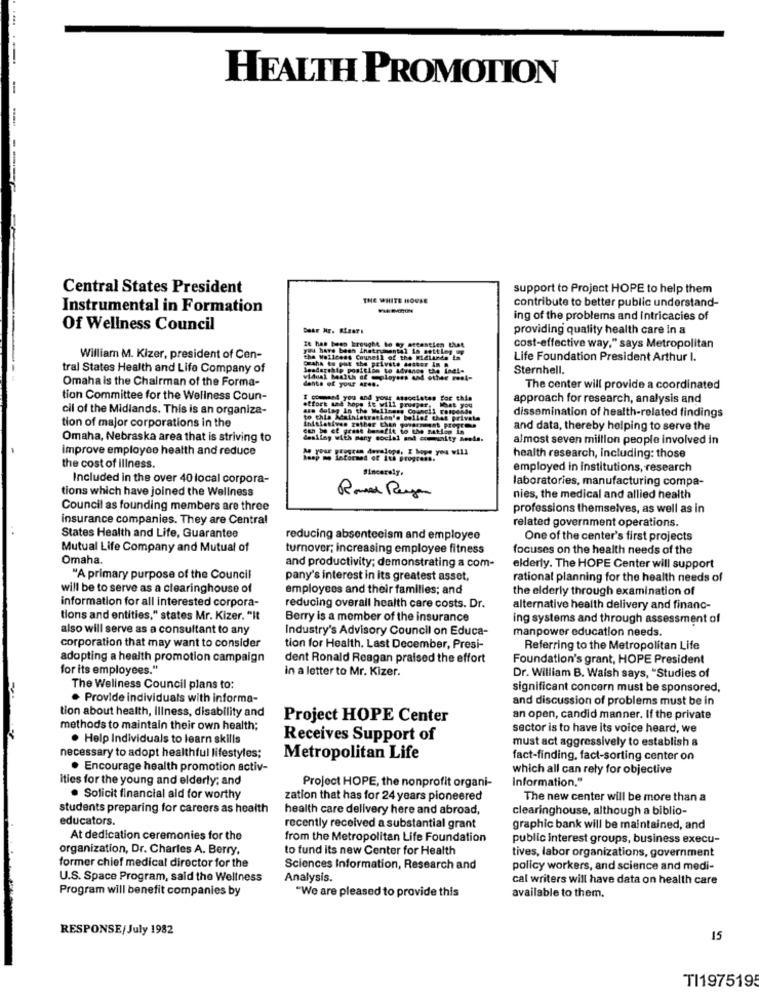
HEALTH PROMOTION
-
Central States President
support to Project HOPE to help them
THE WHITE HOUSE
contribute to better public understand-
Instrumental in Formation
ing of the problems and intricacies of
Of Wellness Council
providing quality health care in a
It has been brought to my attention that
you bare bash Instrumental in settLes
cost-effective way," says Metropolitan
William M. Kizer, president of Cen-
the Wellcess Council of the Midlands Is
Graha to put the private destur In .
Life Foundation President Arthur I.
tral States Health and Life Company of
Seadership position to advance the ine !-
Sternhell.
Omaha is the Chairman of the Forma-
dente of your AF ...
The center will provide a coordinated
tion Committee for the Wellness Coun-
I command you and your associates for this
approach for research, analysis and
cil of the Midlands. This is an organiza-
are dolog In the Wallne
etfort and hope it will prusper, That you
tion of major corporations in the
to chia Administration's bellet that private
dissemination of health-related findings
Initiatives rather than government propres
can be et grase benefit to the matien in
and data, thereby helping to serve the
Omaha, Nebraska area that is striving to
dealing with many social and community Meele.
almost seven million people involved in
improve employee health and reduce
informed of Ich progress.
health research, including: those
the cost of illness.
Sincerely.
employed in institutions, research
Included in the over 40 local corpora-
laboratories, manufacturing compa-
tions which have joined the Wellness
Roma Peya
nies, the medical and allied health
Council as founding members are three
professions themselves, as well as in
insurance companies. They are Central
related government operations.
States Health and Life, Guarantee
reducing absenteeism and employee
One of the center's first projects
Mutual Life Company and Mutual of
turnover; increasing employee fitness
focuses on the health needs of the
Omaha.
and productivity; demonstrating a com-
elderly. The HOPE Center will support
"A primary purpose of the Council
pany's interest in its greatest asset,
rational planning for the health needs of
will be to serve as a clearinghouse of
employees and their families; and
the elderly through examination of
information for all interested corpora-
reducing overall health care costs. Dr.
alternative health delivery and financ-
tions and entities," states Mr. Kizer. "It
Berry is a member of the insurance
ing systems and through assessment of
also will serve as a consultant to any
Industry's Advisory Council on Educa-
manpower education needs.
corporation that may want to consider
tion for Health. Last December, Presi-
Referring to the Metropolitan Life
adopting a health promotion campaign
dent Ronald Reagan praised the effort
Foundation's grant, HOPE President
for its employees."
in a letter to Mr. Kizer.
Dr. William B. Walsh says, "Studies of
The Wellness Council plans to:
significant concern must be sponsored,
. Provide individuals with informa-
and discussion of problems must be in
tion about health, illness, disability and
Project HOPE Center
an open, candid manner. If the private
methods to maintain their own health;
sector is to have its voice heard, we
. Help Individuals to learn skills
Receives Support of
must act aggressively to establish a
necessary to adopt healthful lifestyles;
Metropolitan Life
fact-finding, fact-sorting center on
. Encourage health promotion activ-
which all can rely for objective
ities for the young and elderly; and
Project HOPE, the nonprofit organi-
Information."
. Solicit financial aid for worthy
zation that has for 24 years pioneered
The new center will be more than a
students preparing for careers as health
health care delivery here and abroad,
clearinghouse, although a biblio-
educators.
recently received a substantial grant
graphic bank will be maintained, and
At dedication ceremonies for the
from the Metropolitan Life Foundation
public interest groups, business execu-
organization, Dr. Charles A. Berry,
to fund its new Center for Health
tives, labor organizations, government
former chief medical director for the
Sciences Information, Research and
policy workers, and science and medi-
U.S. Space Program, said the Wellness
Analysis.
cal writers will have data on health care
Program will benefit companies by
"We are pleased to provide this
available to them.
RESPONSE/July 1982
15
TI1975195